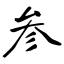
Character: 参